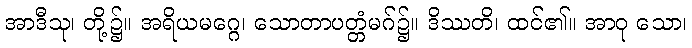
အာဒီသု၊ တို့၌။ အရိယမဂ္ဂေ၊ သောတာပတ္တံမဂ်၌။ ဒိဿတိ၊ ထင်၏။ အာဝု သော၊